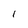
Character: 1